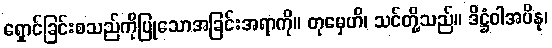
ရှောင်ခြင်းစသည်ကိုပြုသောအခြင်းအရာကို။ တုမှေဟိ၊ သင်တို့သည်။ ဒိဋ္ဌံဝါအပိနု၊